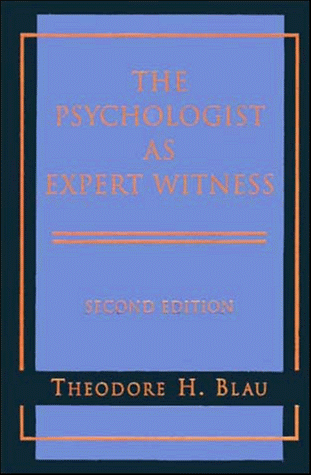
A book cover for The Psychologist as Expert Witness; Theodore H. Blau; Law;